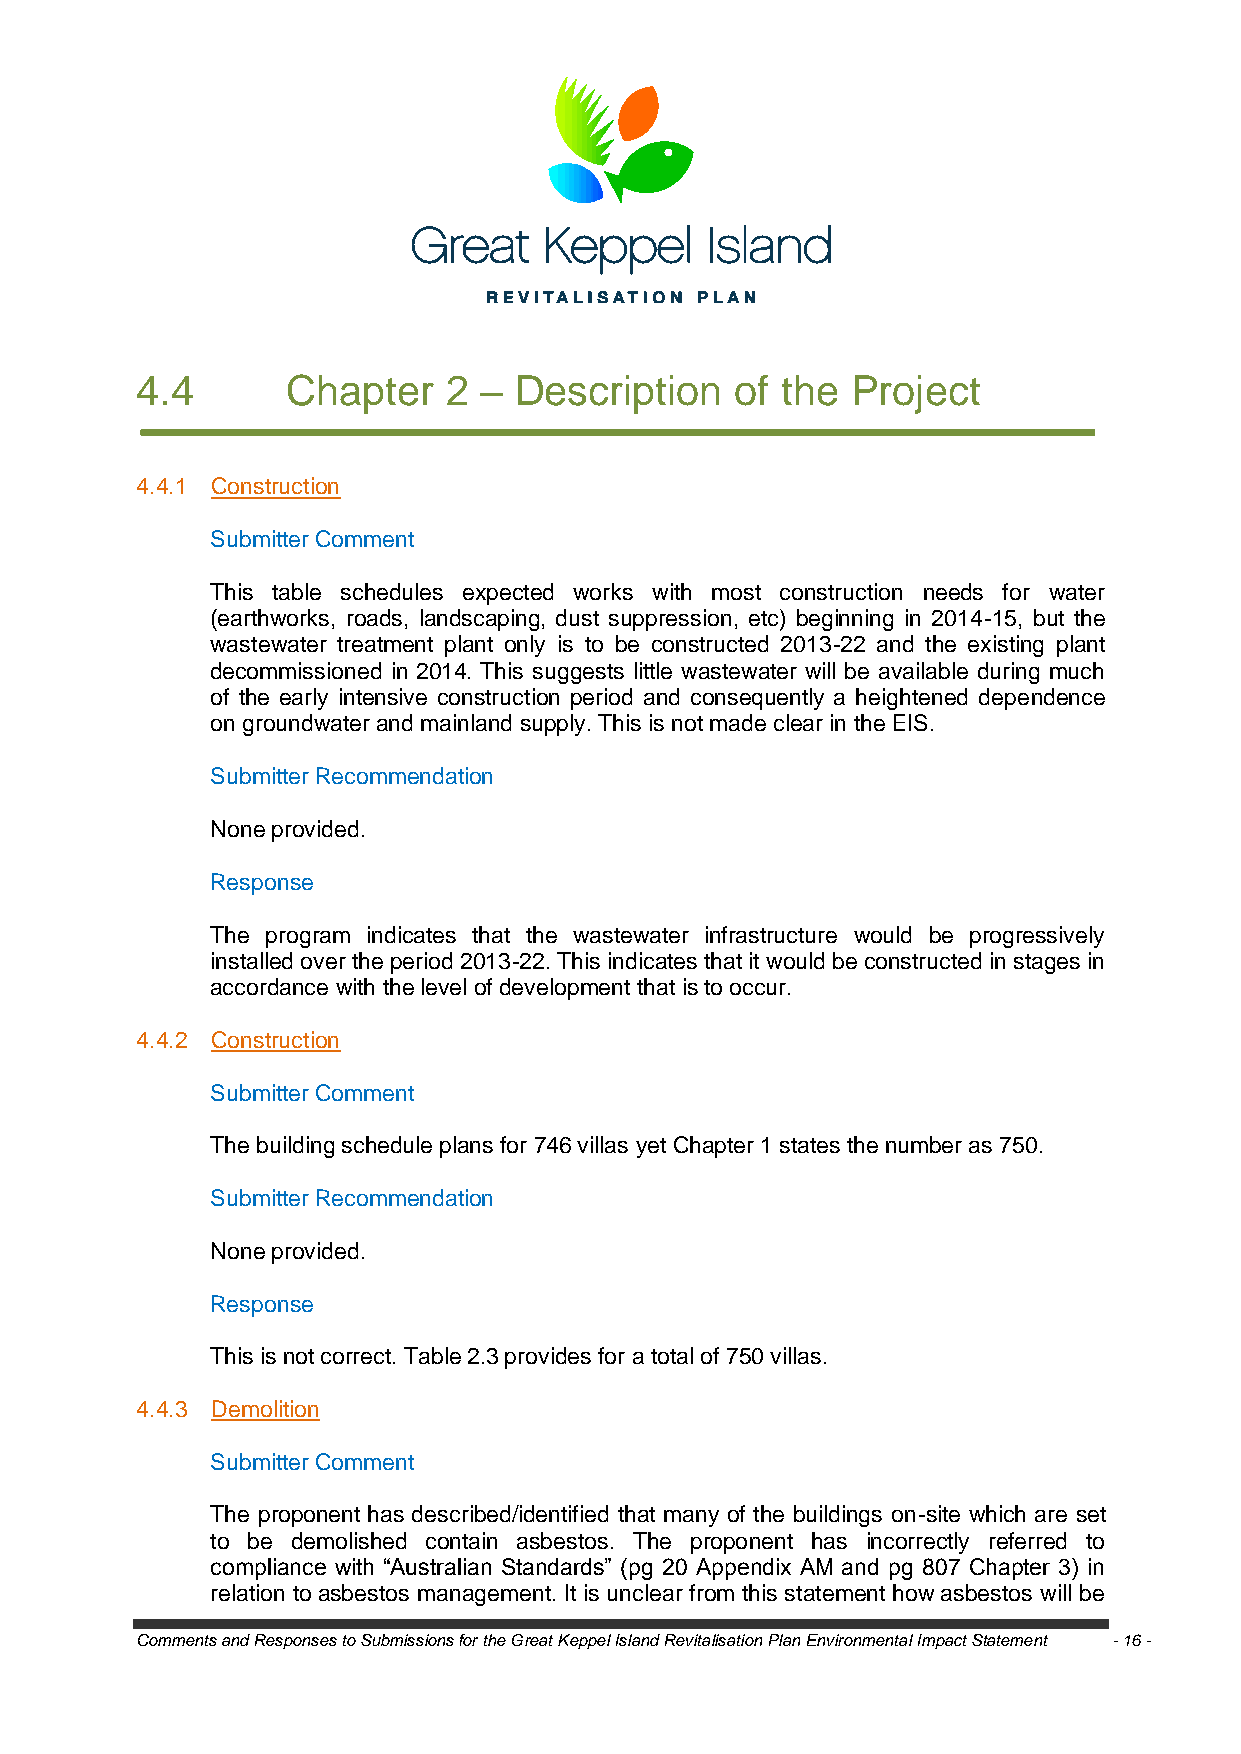
4.4       Chapter   2  – Description    of the Project
 4.4.1 Construction
 Submitter Comment
 This table schedules expected works with most construction needs for water
 (earthworks, roads, landscaping, dust suppression, etc) beginning in 2014-15, but the
 wastewater treatment plant only is to be constructed 2013-22 and the existing plant
 decommissioned in 2014. This suggests little wastewater will be available during much
 of the early intensive construction period and consequently a heightened dependence
 on groundwater and mainland supply. This is not made clear in the EIS.
 Submitter Recommendation
 None provided.
 Response
 The program indicates that the wastewater infrastructure would be progressively
 installed over the period 2013-22. This indicates that it would be constructed in stages in
 accordance with the level of development that is to occur.
 4.4.2 Construction
 Submitter Comment
 The building schedule plans for 746 villas yet Chapter 1 states the number as 750.
 Submitter Recommendation
 None provided.
 Response
 This is not correct. Table 2.3 provides for a total of 750 villas.
 4.4.3 Demolition
 Submitter Comment
 The proponent has described/identified that many of the buildings on-site which are set
 to be demolished contain asbestos. The proponent has incorrectly referred to
 compliance with ―Australian Standards‖ (pg 20 Appendix AM and pg 807 Chapter 3) in
 relation to asbestos management. It is unclear from this statement how asbestos will be
 Comments and Responses to Submissions for the Great Keppel Island Revitalisation Plan Environmental Impact Statement - 16 -